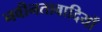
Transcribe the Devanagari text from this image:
नवीनतावादियों